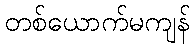
တစ်ယောက်မကျန်